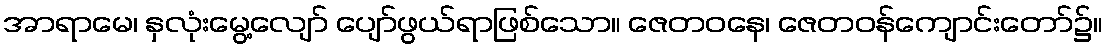
အာရာမေ၊ နှလုံးမွေ့လျော် ပျော်ဖွယ်ရာဖြစ်သော။ ဇေတဝနေ၊ ဇေတဝန်ကျောင်းတော်၌။